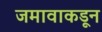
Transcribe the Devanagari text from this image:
जमावाकडून